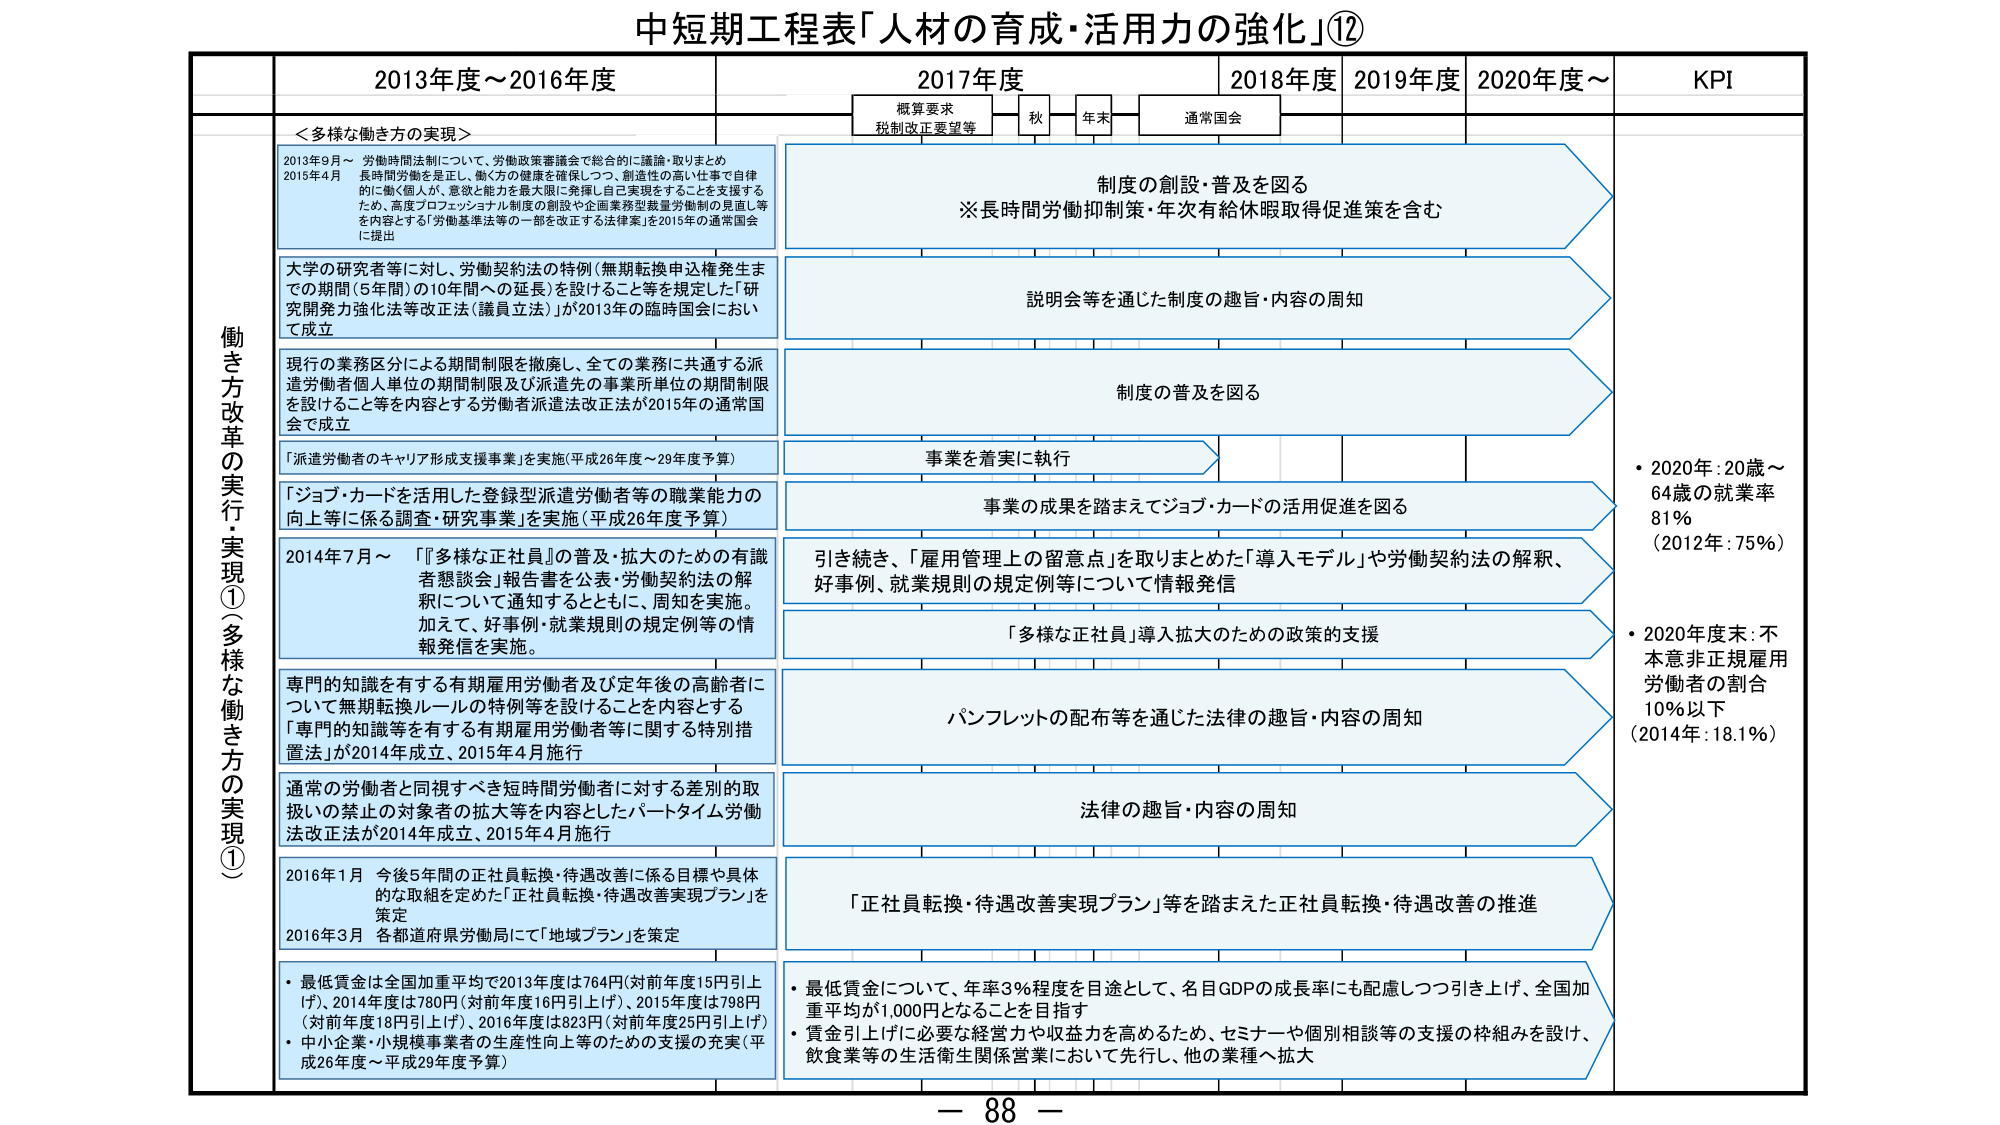
中短期工程表「人材の育成・活用力の強化」⑫

2013年度～2016年度
2017年度
2018年度
2019年度
2020年度～
KPI

概算要求
税制改正要望等
秋
年末
通常国会

働き方改革の実行・実現①（多様な働き方の実現①）

＜多様な働き方の実現＞

2013年9月～ 労働時間法制について、労働政策審議会で総合的に議論・取りまとめ
2015年4月 長時間労働を是正し、働く方の健康を確保しつつ、創造性の高い仕事で自律的に働く個人が、意欲と能力を最大限に発揮し自己実現をすることを支援するため、高度プロフェッショナル制度の創設や企画業務型裁量労働制の見直し等を内容とする「労働基準法等の一部を改正する法律案」を2015年の通常国会に提出

大学の研究者等に対し、労働契約法の特例（無期転換申込権発生までの期間（5年間）の10年間への延長）を設けること等を規定した「研究開発力強化法等改正法（議員立法）」が2013年の臨時国会において成立

現行の業務区分による期間制限を撤廃し、全ての業務に共通する派遣労働者個人単位の期間制限及び派遣先の事業所単位の期間制限を設けること等を内容とする労働者派遣法改正法が2015年の通常国会で成立

「派遣労働者のキャリア形成支援事業」を実施（平成26年度～29年度予算）

「ジョブ・カードを活用した登録型派遣労働者等の職業能力の向上等に係る調査・研究事業」を実施（平成26年度予算）

2014年7月～ 「『多様な正社員』の普及・拡大のための有識者懇談会」報告書を公表・労働契約法の解釈について通知するとともに、周知を実施。加えて、好事例・就業規則の規定例等の情報発信を実施。

専門的知識を有する有期雇用労働者及び定年後の高齢者について無期転換ルールの特例等を設けることを内容とする「専門的知識等を有する有期雇用労働者等に関する特別措置法」が2014年成立、2015年4月施行

通常の労働者と同視すべき短時間労働者に対する差別的取扱いの禁止の対象者の拡大等を内容としたパートタイム労働法改正法が2014年成立、2015年4月施行

2016年1月 今後5年間の正社員転換・待遇改善に係る目標や具体的な取組を定めた「正社員転換・待遇改善実現プラン」を策定
2016年3月 各都道府県労働局にて「地域プラン」を策定

・最低賃金は全国加重平均で2013年度は764円（対前年度15円引上げ）、2014年度は780円（対前年度16円引上げ）、2015年度は798円（対前年度18円引上げ）、2016年度は823円（対前年度25円引上げ）
・中小企業・小規模事業者の生産性向上等のための支援の充実（平成26年度～平成29年度予算）

制度の創設・普及を図る
※長時間労働抑制制度・年次有給休暇取得促進策を含む

説明会等を通じた制度の趣旨・内容の周知

制度の普及を図る

事業を着実に執行

事業の成果を踏まえてジョブ・カードの活用促進を図る

引き続き、「雇用管理上の留意点」を取りまとめた「導入モデル」や労働契約法の解釈、好事例、就業規則の規定例等について情報発信

「多様な正社員」導入拡大のための政策的支援

パンフレットの配布等を通じた法律の趣旨・内容の周知

法律の趣旨・内容の周知

「正社員転換・待遇改善実現プラン」等を踏まえた正社員転換・待遇改善の推進

・最低賃金について、年率3％程度を目途として、名目GDPの成長率にも配慮しつつ引き上げ、全国加重平均が1,000円となることを目指す
・賃金引上げに必要な経営力や収益力を高めるため、セミナーや個別相談等の支援の枠組みを設け、飲食業等の生活衛生関係営業において先行し、他の業種へ拡大

・2020年：20歳～64歳の就業率81％（2012年：75％）
・2020年度末：不本意非正規雇用労働者の割合10％以下（2014年：18.1％）

ー 88 ー